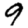
Digit: 9